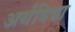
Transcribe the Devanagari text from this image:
अर्थविद्या